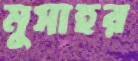
মুসাহর